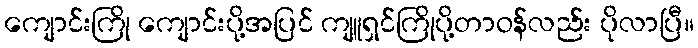
ကျောင်းကြို ကျောင်းပို့အပြင် ကျူရှင်ကြိုပို့တာဝန်လည်း ပိုလာပြီ။